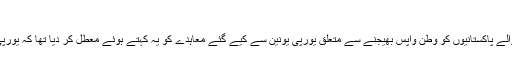
دمتری آورامو پُولس
خیال رہے کہ پاکستان نے رواں ماہ کے آغاز میں غیر قانونی طور پر جانے والے پاکستانیوں کو وطن واپس بھیجنے سے متعلق یورپی یونین سے کیے گئے معاہدے کو یہ کہتے ہوئے معطل کر دیا تھا کہ یورپی ممالک ایسے افراد پر دہشت گردی کا الزام لگا کر اُنھیں واپس بھیج رہے ہیں۔